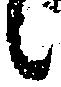
候